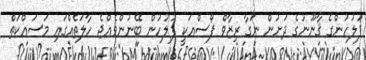
ފުލުހުންގެ ޤާނޫނުގެ ދަށުން ނަގާ ރިޒާވް ފޯސްއަކީ ފުލުހުން ބޭނުންވެއްޖެ ހާލަތެއްގައި މަސައްކަތް